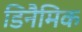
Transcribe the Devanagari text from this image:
डिनैमिक